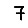
Digit: 7